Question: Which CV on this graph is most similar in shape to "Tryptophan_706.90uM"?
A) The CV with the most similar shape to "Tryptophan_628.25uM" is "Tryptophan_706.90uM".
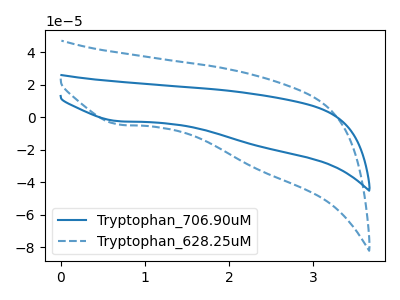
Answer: <think>The blue curve "Tryptophan_706.90uM" has a cathodic peak at: (0.70V, -2.50uA). The blue dashed curve "Tryptophan_628.25uM" has a cathodic peak at: (0.70V, -4.50uA).
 All the peaks in "Tryptophan_706.90uM" have a peak in "Tryptophan_628.25uM" at the same potential. Every peak in "Tryptophan_706.90uM" is lower than every peak in "Tryptophan_628.25uM".</think>
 <answer>A) The CV with the most similar shape to "Tryptophan_628.25uM" is "Tryptophan_706.90uM".</answer>
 <eval>A</eval>